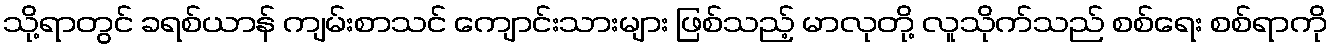
သို့ရာတွင် ခရစ်ယာန် ကျမ်းစာသင် ကျောင်းသားများ ဖြစ်သည့် မာလုတို့ လူသိုက်သည် စစ်ရေး စစ်ရာကို